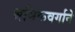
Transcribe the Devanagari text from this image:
श्रमिकवर्गाने